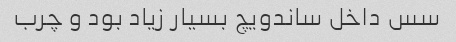
سس داخل ساندویچ بسیار زیاد بود و چرب